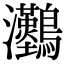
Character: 𤅼